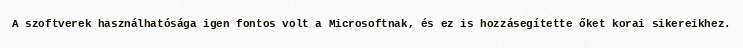
A szoftverek használhatósága igen fontos volt a Microsoftnak, és ez is hozzásegítette őket korai sikereikhez.